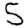
Digit: 5